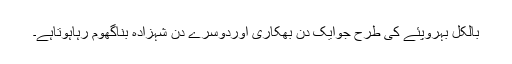
بالکل بہروپئے کی طرح جوایک دن بھکاری اوردوسرے دن شہزادہ بناگھوم رہاہوتاہے۔